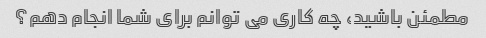
مطمئن باشید، چه کاری می توانم برای شما انجام دهم؟